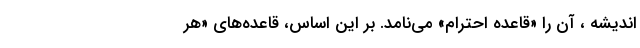
اندیشه ، آن را «قاعده احترام» می‌نامد. بر این اساس، قاعده‌های «هر